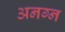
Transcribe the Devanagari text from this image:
अनग्न